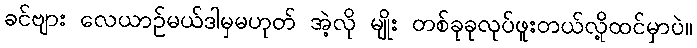
ခင်ဗျား လေယာဉ်မယ်ဒါမှမဟုတ် အဲ့လို မျိုး တစ်ခုခုလုပ်ဖူးတယ်လို့ထင်မှာပဲ။